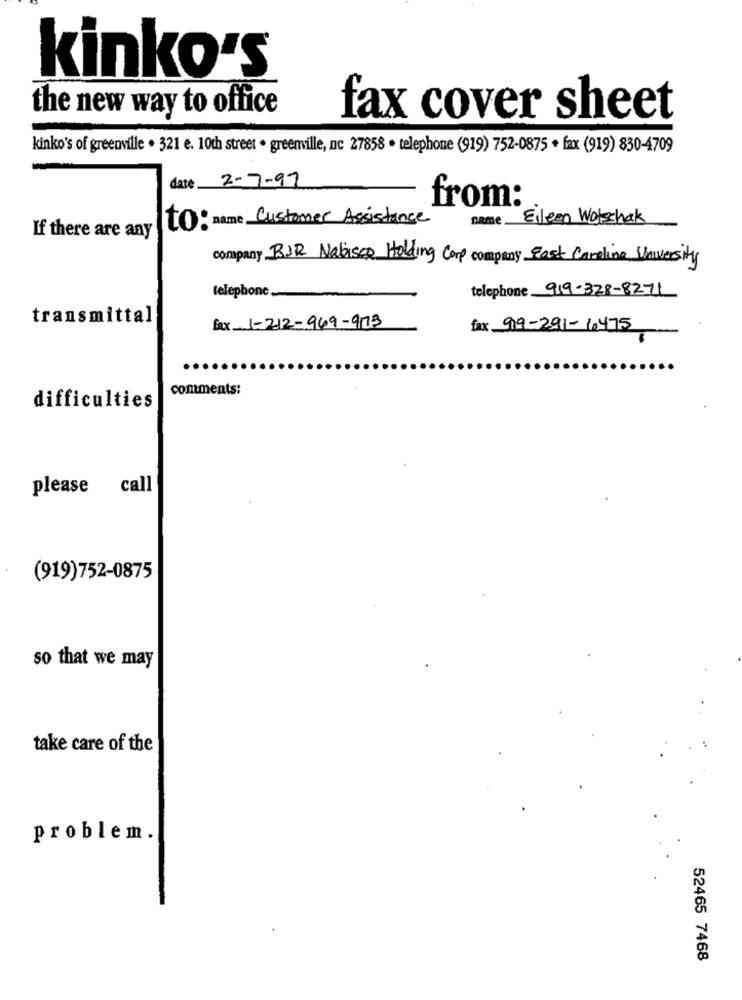
kinko's
the new way to office
fax cover sheet
kinko's of greenville . 321 e. 10th street . greenville, nc 27858 · telephone (919) 752-0875 + fax (919) 830-4709
date 2-7-97
from:
to: name Customer Assistance
name __
Eileen Wotschak
If there are any
company RJR Nabisco Holding Corp company East Carolina University
telephone
telephone 919-328-8271
transmittal
fax 1-212-949-973
fax 919-291-1475
comments:
difficulties
call
please
(919)752-0875
so that we may
take care of the
problem.
52465 7468